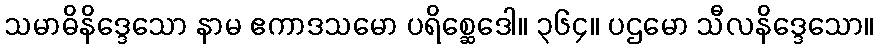
သမာဓိနိဒ္ဒေသော နာမ ဧကာဒသမော ပရိစ္ဆေဒေါ။ ၃၆၄။ ပဌမော သီလနိဒ္ဒေသော။